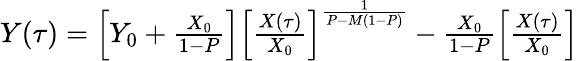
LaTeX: \begin{array}{r}{Y(\tau)=\left[Y_{0}+\frac{X_{0}}{1-P}\right]\left[\frac{X(\tau)}{X_{0}}\right]^{\frac{1}{P-M(1-P)}}-\frac{X_{0}}{1-P}\left[\frac{X(\tau)}{X_{0}}\right]}\end{array}